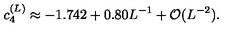
c _ { 4 } ^ { ( L ) } \approx - 1 . 7 4 2 + 0 . 8 0 L ^ { - 1 } + { \cal O } ( L ^ { - 2 } ) .